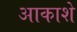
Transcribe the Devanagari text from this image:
आकाशे